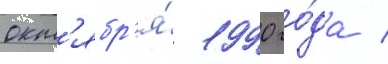
окт'ябр'я́ 1990 го́да /